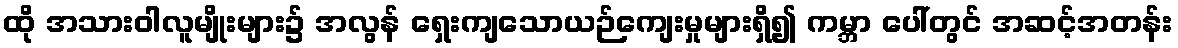
ထို အသားဝါလူမျိုးများ၌ အလွန် ရှေးကျသောယဉ်ကျေးမှုများရှိ၍ ကမ္ဘာ ပေါ်တွင် အဆင့်အတန်း